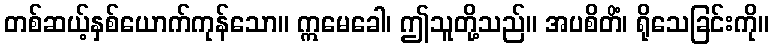
တစ်ဆယ့်နှစ်ယောက်ကုန်သော။ ဣမေခေါ၊ ဤသူတို့သည်။ အပစိတိံ၊ ရိုသေခြင်းကို။